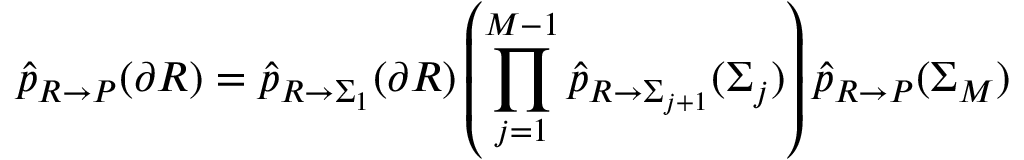
\widehat { p } _ { R \rightarrow P } ( \partial R ) = \widehat { p } _ { R \rightarrow \Sigma _ { 1 } } ( \partial R ) \left( \prod _ { j = 1 } ^ { M - 1 } \widehat { p } _ { R \rightarrow \Sigma _ { j + 1 } } ( \Sigma _ { j } ) \right) \widehat { p } _ { R \rightarrow P } ( \Sigma _ { M } )